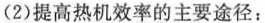
(2)提高热机效率的主要途径：